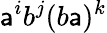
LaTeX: \mathsf{a}^{i}b^{j}(b\mathsf{a})^{k}